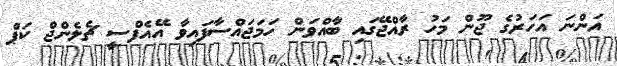
އަންނަ އަހަރުގެ ޖޫން މަހު ރާއްޖޭގައި ބާއްވަން ހަމަޖައްސާފައިވާ އޭއެފްސީ ޗެލެންޖް ކަޕް